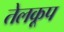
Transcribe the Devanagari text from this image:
तेलकूप